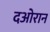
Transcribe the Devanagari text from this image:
दओरान